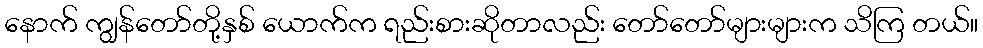
နောက် ကျွန်တော်တို့နှစ် ယောက်က ရည်းစားဆိုတာလည်း တော်တော်များများက သိကြ တယ်။